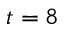
t = 8